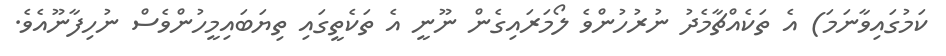
ކަމުގައިވާނަމަ) އެ ތަކެއްޗާމެދު ނުރުހުންވެ ލޯމަރައިގެން ނޫނީ އެ ތަކެތީގައި ތިޔަބައިމީހުންވެސް ނުހިފާނޫއެވެ.